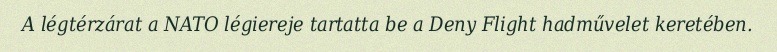
A légtérzárat a NATO légiereje tartatta be a Deny Flight hadművelet keretében.